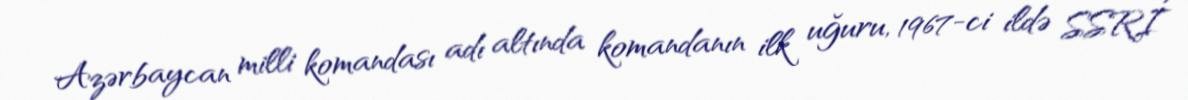
Azərbaycan milli komandası adı altında komandanın ilk uğuru, 1967-ci ildə SSRİ